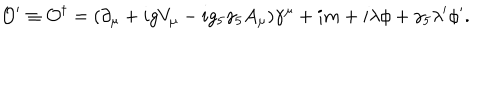
LaTeX: { \cal O } ^ { \prime } \equiv { \cal O } ^ { \dagger } = ( \partial _ { \mu } + i g V _ { \mu } - i g _ { 5 } \gamma _ { 5 } A _ { \mu } ) \gamma ^ { \mu } + i m + i \lambda \phi + \gamma _ { 5 } \lambda ^ { \prime } \phi ^ { \prime } .